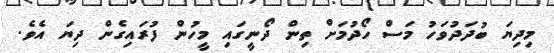
މިދިޔަ ބުދަދުވަހު މަސް ހޯދުމަށް ތިން ދޯނީގައި މީހުން ފުރައިގެން ދިޔަ އެވެ.